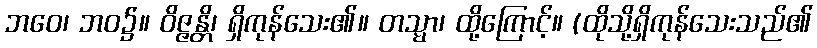
ဘဝေ၊ ဘဝ၌။ ဝိဇ္ဇန္တိ၊ ရှိကုန်သေး၏။ တသ္မာ၊ ထို့ကြောင့်။ (ထိုသို့ရှိကုန်သေးသည်၏